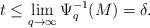
LaTeX: \begin{align*} t\leq \lim_{q\rightarrow\infty}\Psi_q^{-1}(M)=\delta.\end{align*}